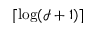
\lceil \log ( \mathcal { I } + 1 ) \rceil